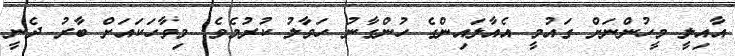
އާއިލީ މީހުންނަށް ގައުމީ އެއާލައިންގެ ހުންގާނު ހަވާލު ކުރުމެވެ. މިވާހަކައަށް ބާރު ދެނީ